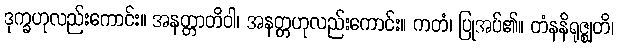
ဒုက္ခဟုလည်းကောင်း။ အနတ္တာတိဝါ၊ အနတ္တဟုလည်းကောင်း။ ကတံ၊ ပြုအပ်၏။ တံနနိရုဇ္ဈတိ၊